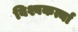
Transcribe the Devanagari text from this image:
विश्वकर्त्या